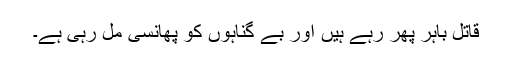
قاتل باہر پھر رہے ہیں اور بے گناہوں کو پھانسی مل رہی ہے۔